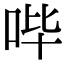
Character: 哔